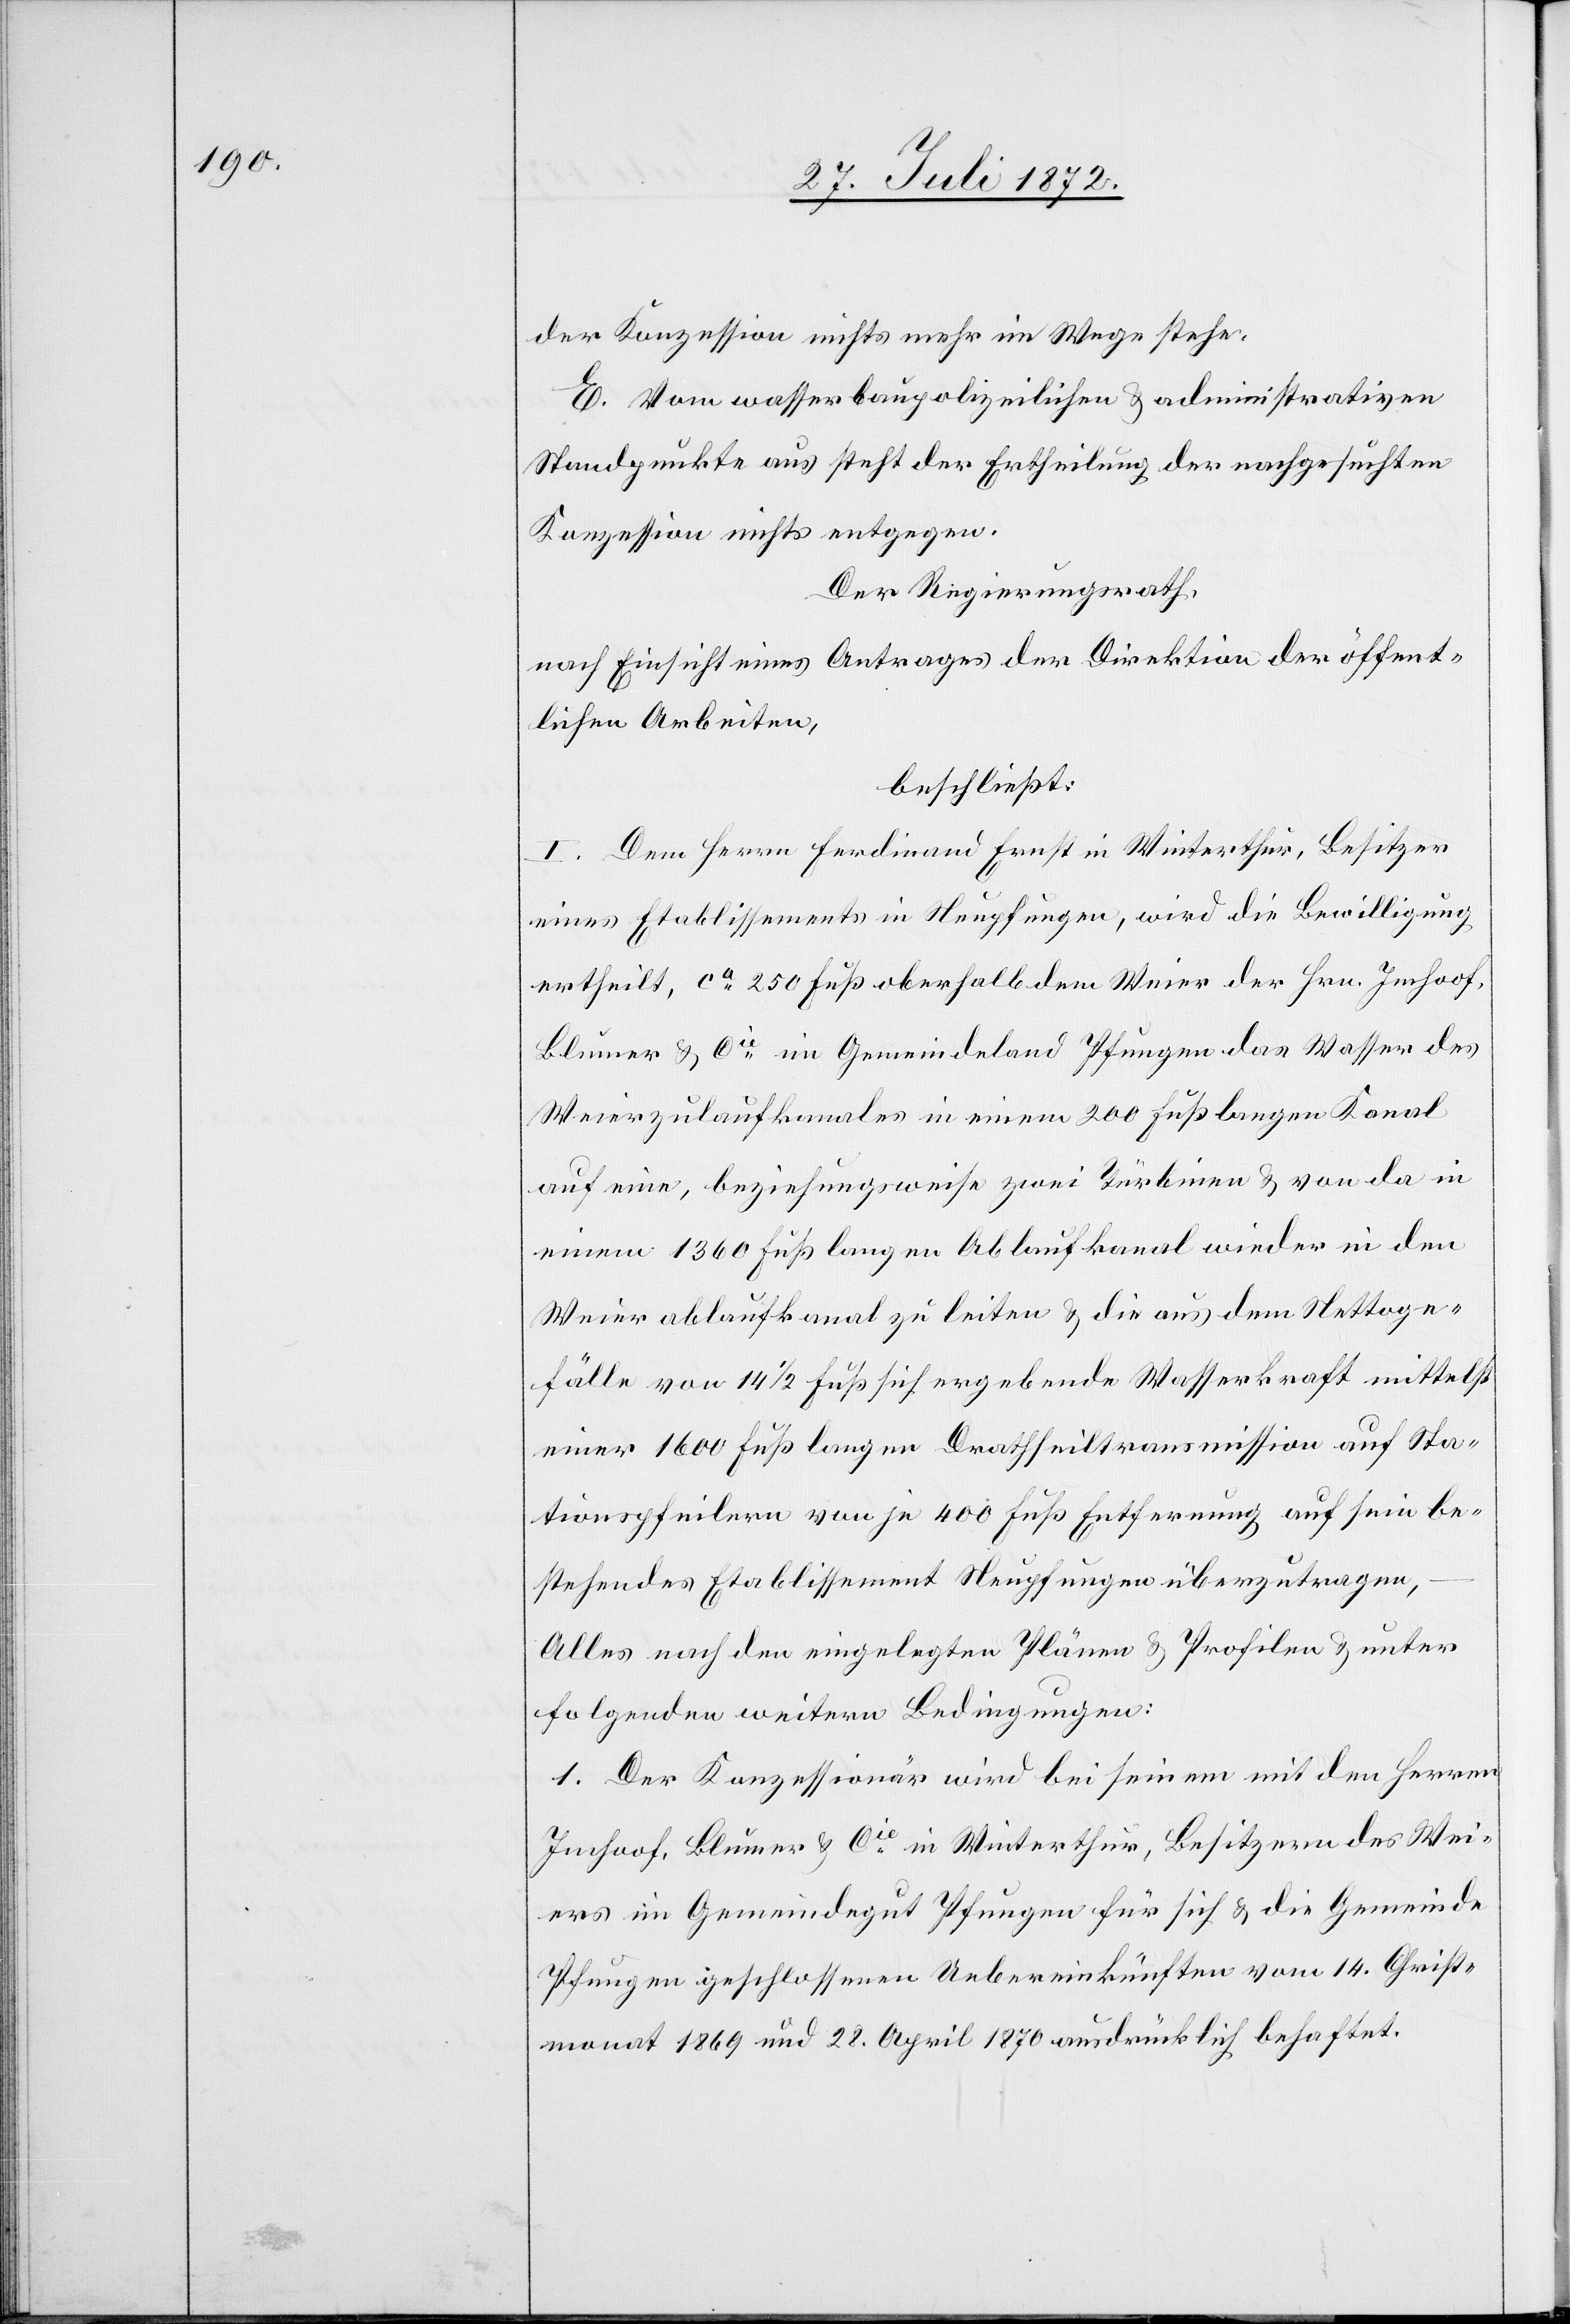
der Konzession nichts mehr im Wege stehe.
E. Vom wasserbaupolizeilichen u. administrativen
Standpunkte aus steht der Ertheilung der nachgesuchten
Konzession nichts entgegen.
Der Regierungsrath,
nach Einsicht eines Antrages der Direktion der öffent¬
lichen Arbeiten,
beschließt:
I. Dem Herrn Ferdinand Ernst in Winterthur, Besitzer
eines Etablissements in Neupfungen, wird die Bewilligung
ertheilt, ca 250 Fuß oberhalb dem Weier der Hrn. Imhoof,
Blumer u. Cie im Gemeindeland Pfungen das Wasser des
Weierzulaufkanales in einem 200 Fuß langen Kanal
auf eine, beziehungsweise zwei Türbinen u. von da in
einem 1360 Fuß langen Ablaufkanal wieder in den
Weierablaufkanal zu leiten u. die aus dem Nettoge¬
fälle von 14 1/2 Fuß sich ergebende Wasserkraft mittelst
einer 1600 Fuß langen Drathseiltransmission auf Sta¬
tionspfeilern von je 400 Fuß Entfernung auf sein be¬
stehendes Etablissement Neupfungen überzutragen,
Alles nach den eingelegten Plänen u. Profilen u. unter
folgenden weitern Bedingungen:
1. Der Konzessionär wird bei seinem mit den Herren
Imhoof, Blumer u. Cie in Winterthur, Besitzern des Wei¬
ers im Gemeindegut Pfungen für sich u. die Gemeinde
Pfungen geschlossenen Uebereinkünften vom 14. Christ¬
monat 1869 und 28. April 1870 ausdrücklich behaftet.